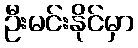
ဦးမင်းနိုင်မှာ